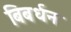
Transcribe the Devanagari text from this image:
बिबर्धन